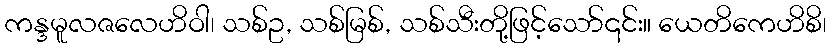
ကန္ဒမူလဇလေဟိဝါ၊ သစ်ဥ, သစ်မြစ်, သစ်သီးတို့ဖြင့်သော်၎င်း။ ယေတိကေဟိစိ၊